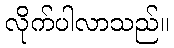
လိုက်ပါလာသည်။